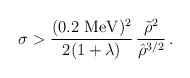
LaTeX: \begin{align*}\sigma > \frac{(0.2\,\,{\rm MeV})^2}{2 (1+\lambda)}\,\frac{\tilde \rho^2 }{\hat \rho^{3/2}}\,.\end{align*}